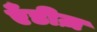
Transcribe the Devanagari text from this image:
एँडीज़